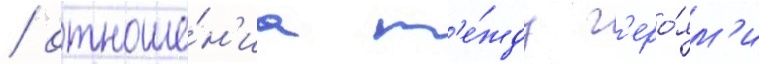
/ отноше́н'иа м'е́жду г'еро́ям'и